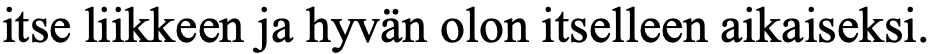
itse liikkeen ja hyvän olon itselleen aikaiseksi.